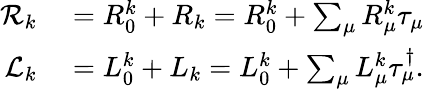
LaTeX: \begin{array}{rl}{\mathcal{R}_{k}}&{{}=R_{0}^{k}+R_{k}=R_{0}^{k}+\sum_{\mu}R_{\mu}^{k}\tau_{\mu}}\\ {\mathcal{L}_{k}}&{{}=L_{0}^{k}+L_{k}=L_{0}^{k}+\sum_{\mu}L_{\mu}^{k}\tau_{\mu}^{\dagger}.}\end{array}